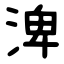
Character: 渒